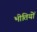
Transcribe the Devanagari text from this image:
भीतियों